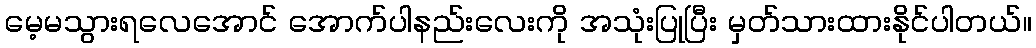
မေ့မသွားရလေအောင် အောက်ပါနည်းလေးကို အသုံးပြုပြီး မှတ်သားထားနိုင်ပါတယ်။